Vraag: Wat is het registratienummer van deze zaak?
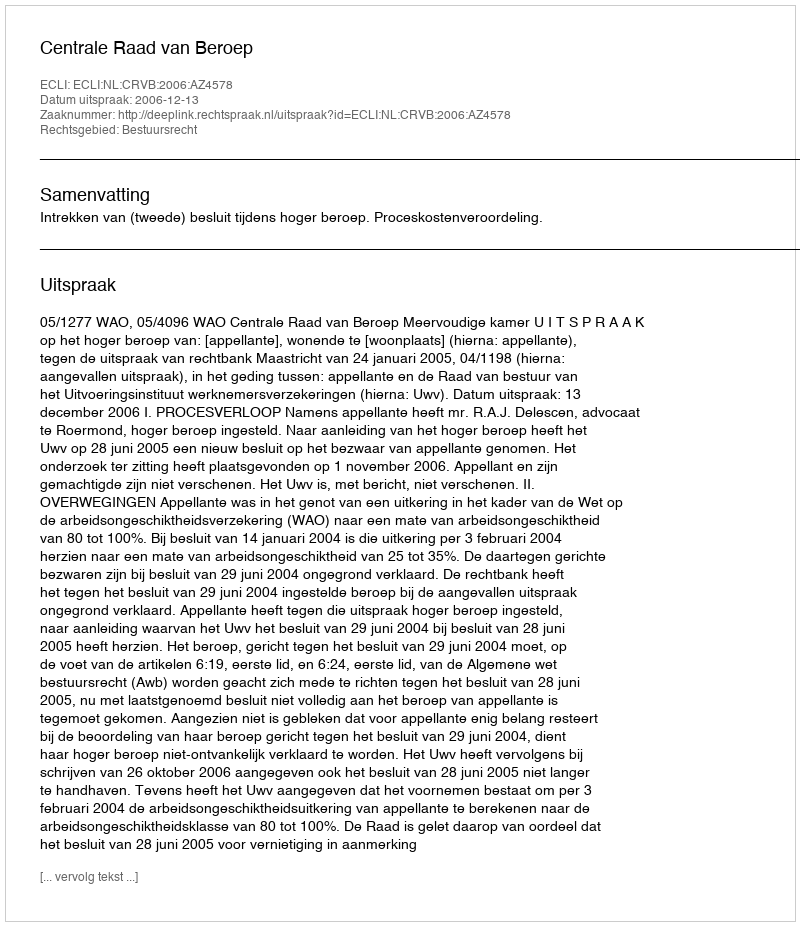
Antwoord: http://deeplink.rechtspraak.nl/uitspraak?id=ECLI:NL:CRVB:2006:AZ4578